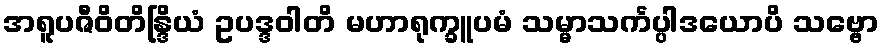
အရူပဇီဝိတိန္ဒြိယံ ဥပဒ္ဒဝါတိ မဟာရုက္ခူပမံ သမ္မာသင်္ကပ္ပါဒယောပိ သဗ္ဗော